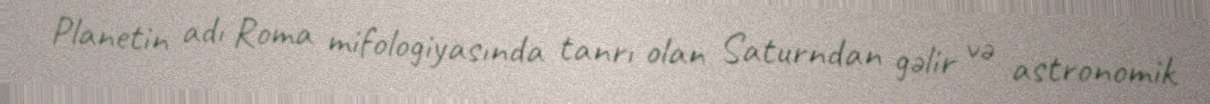
Planetin adı Roma mifologiyasında tanrı olan Saturndan gəlir və astronomik